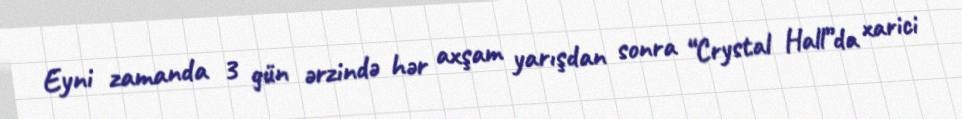
Eyni zamanda 3 gün ərzində hər axşam yarışdan sonra “Crystal Hall”da xarici